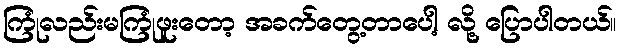
ကြုံလည်းမကြုံဖူးတော့ အခက်တွေ့တာပေါ့ လို့ ပြောပါတယ်။